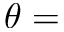
\theta =